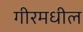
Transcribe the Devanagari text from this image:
गीरमधील